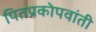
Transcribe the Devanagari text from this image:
पितप्रकोपवांती